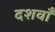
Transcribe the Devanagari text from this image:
दशवाँ